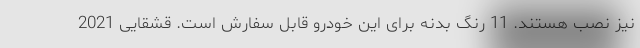
نیز نصب هستند. 11 رنگ بدنه برای این خودرو قابل سفارش است. قشقایی 2021